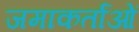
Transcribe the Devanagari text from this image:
जमाकर्तांओं